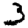
Digit: 3